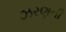
ઝરણની